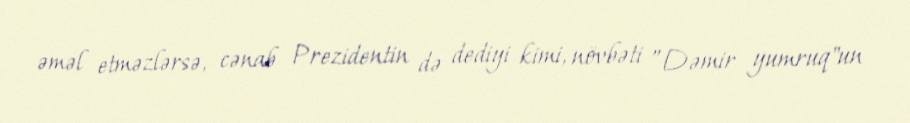
əməl etməzlərsə, cənab Prezidentin də dediyi kimi, növbəti ”Dəmir yumruq"un